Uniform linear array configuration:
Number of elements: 12
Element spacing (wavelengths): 0.75
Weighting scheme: uniform
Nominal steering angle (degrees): -45
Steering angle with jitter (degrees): -46.271
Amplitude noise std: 0.05
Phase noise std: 0.05

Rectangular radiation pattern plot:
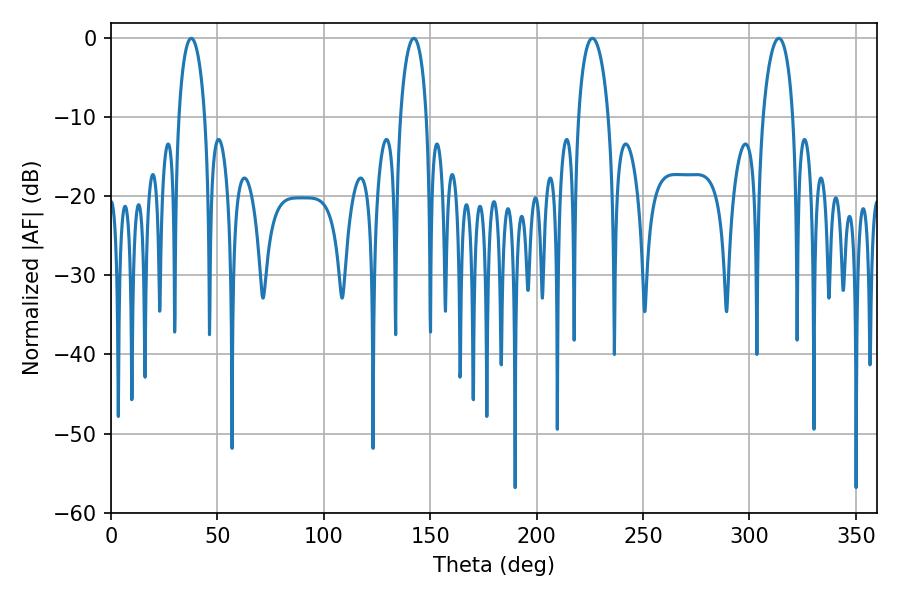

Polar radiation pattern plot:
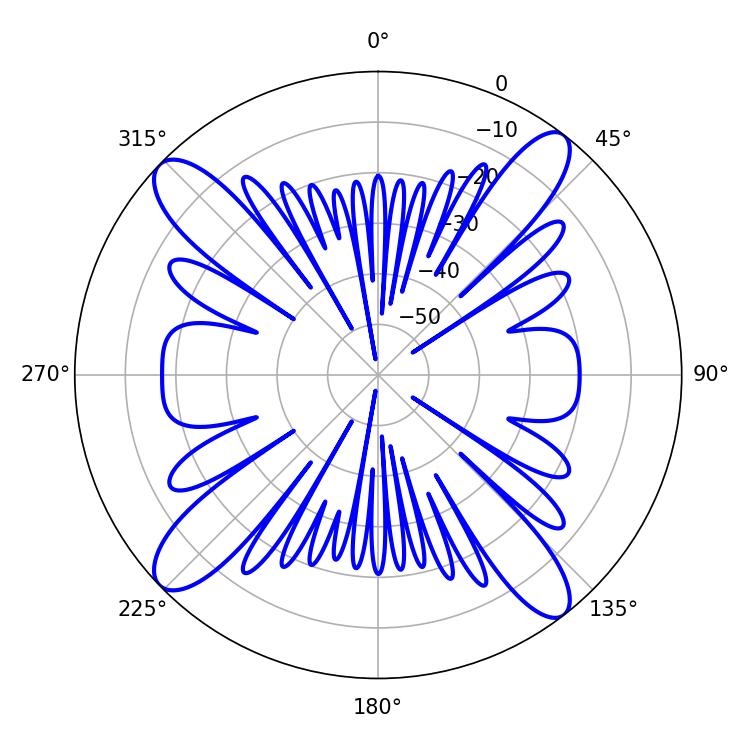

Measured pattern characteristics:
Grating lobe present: TRUE
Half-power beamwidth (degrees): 8.1
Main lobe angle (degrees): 313.74